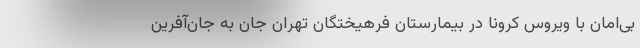
بی‌امان با ویروس کرونا در بیمارستان فرهیختگان تهران جان به جان‌آفرین